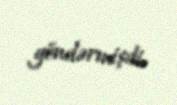
göndərmişdi.